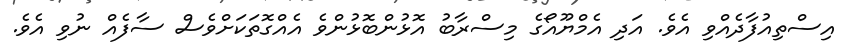
އިސްތިއުފާދެއްވި އެވެ. އަދި އެމްޔޫއޯގެ މިސްރާބު އޮޅުންބޮޅުންވެ އެއްގޮތަކަށްވެސް ސާފެއް ނުވި އެވެ.